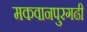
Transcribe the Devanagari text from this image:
मकवानपुरगढी